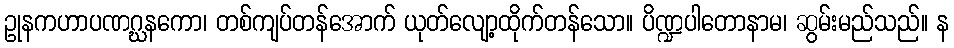
ဥုနကဟာပဏဂ္ဃနကော၊ တစ်ကျပ်တန်အောက် ယုတ်လျော့ထိုက်တန်သော။ ပိဏ္ဍပါတောနာမ၊ ဆွမ်းမည်သည်။ န